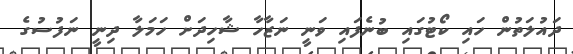
ދައުލަތުން ހައި ކޯޓުގައި ބުނެފައި ވަނީ ނަޒާހާ ޝާހިދަށް ހަމަލާ ދިނީ ނަފުސުގެ